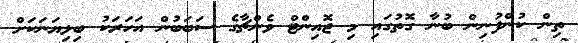
ތިން ކުންފުނިން ބުނާ ގޮތުގައި މި ޖޮއިންޓް ވެންޗާގެ ސަބަބުން އަހަރަކު ބިލިޔަނަކަށް